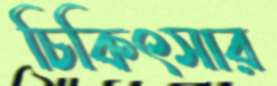
চিকিৎসার